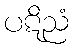
ပဋိညံ